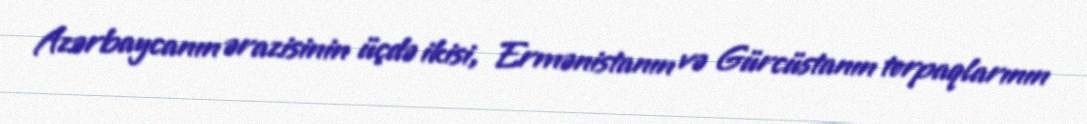
Azərbaycanın ərazisinin üçdə ikisi, Ermənistanın və Gürcüstanın torpaqlarının